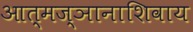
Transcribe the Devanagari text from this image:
आत्मज्ञानाशिवाय